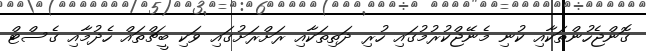
ގޮންޖެހުންތަކާއި ކުނި މެނޭޖްކުރުމުގައި ހުރި ދަތިތަކާއި ރަށްރަށުގައި ވަކި ބީޗްތައް ހެދުމާއި ގެސްޓް